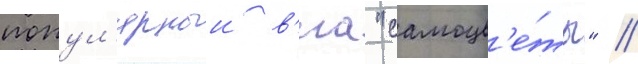
попул'ярныи в'иа "самоцв'е́ты" /